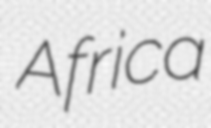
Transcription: Africa